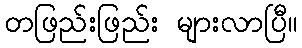
တဖြည်းဖြည်း များလာပြီ။